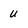
Character: u